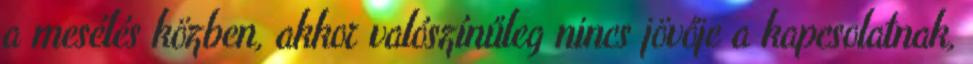
a mesélés közben, akkor valószínűleg nincs jövője a kapcsolatnak,